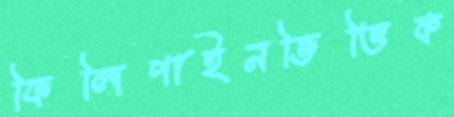
ফিলিপাইনভিত্তিক